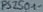
Text: PS2501